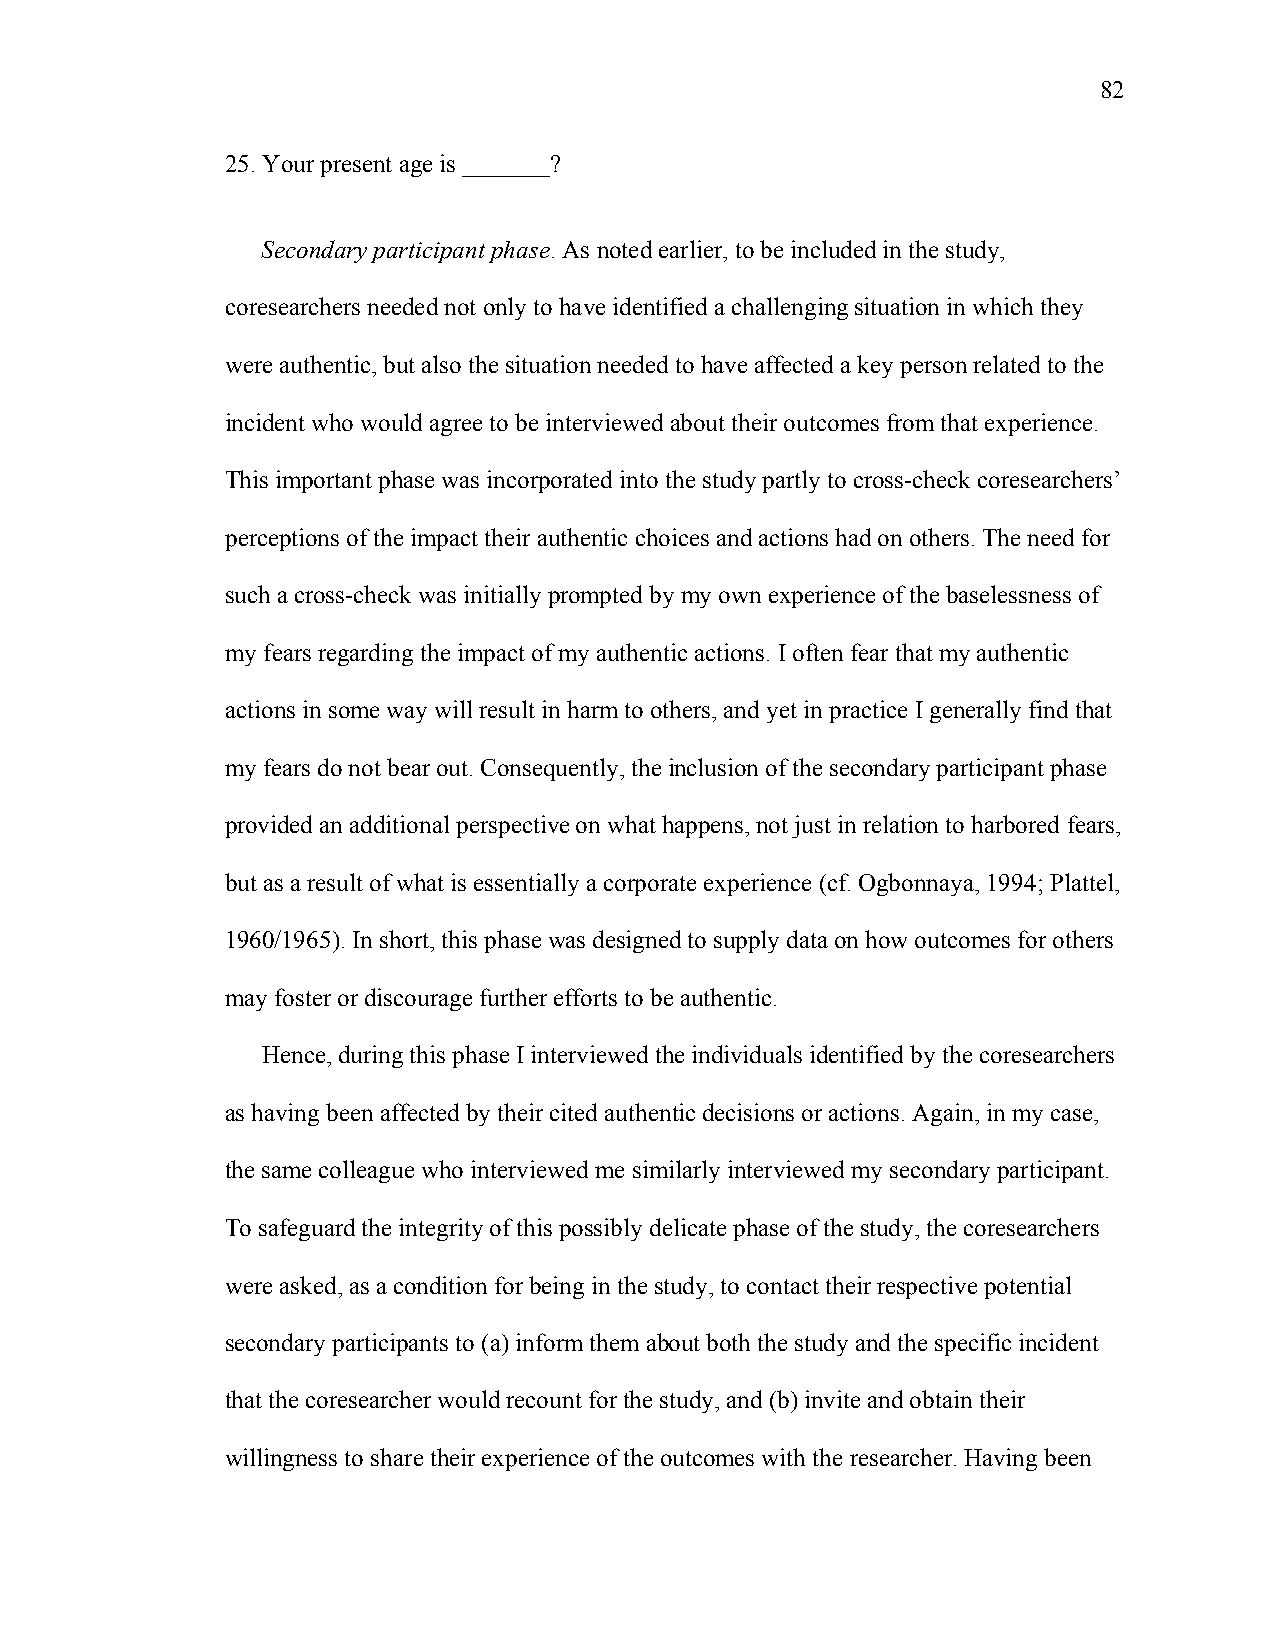
82
 25. Your present age is _______?
 Secondary participant phase. As noted earlier, to be included in the study,
 coresearchers needed not only to have identified a challenging situation in which they
 were authentic, but also the situation needed to have affected a key person related to the
 incident who would agree to be interviewed about their outcomes from that experience.
 This important phase was incorporated into the study partly to cross-check coresearchers’
 perceptions of the impact their authentic choices and actions had on others. The need for
 such a cross-check was initially prompted by my own experience of the baselessness of
 my fears regarding the impact of my authentic actions. I often fear that my authentic
 actions in some way will result in harm to others, and yet in practice I generally find that
 my fears do not bear out. Consequently, the inclusion of the secondary participant phase
 provided an additional perspective on what happens, not just in relation to harbored fears,
 but as a result of what is essentially a corporate experience (cf. Ogbonnaya, 1994; Plattel,
 1960/1965). In short, this phase was designed to supply data on how outcomes for others
 may foster or discourage further efforts to be authentic.
 Hence, during this phase I interviewed the individuals identified by the coresearchers
 as having been affected by their cited authentic decisions or actions. Again, in my case,
 the same colleague who interviewed me similarly interviewed my secondary participant.
 To safeguard the integrity of this possibly delicate phase of the study, the coresearchers
 were asked, as a condition for being in the study, to contact their respective potential
 secondary participants to (a) inform them about both the study and the specific incident
 that the coresearcher would recount for the study, and (b) invite and obtain their
 willingness to share their experience of the outcomes with the researcher. Having been